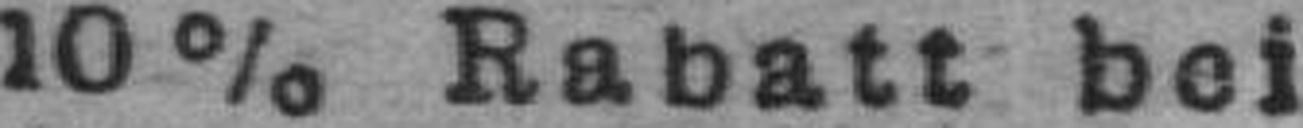
10% Rabatt bei